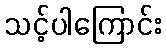
သင့်ပါကြောင်း